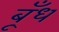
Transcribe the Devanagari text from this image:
बूँध